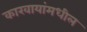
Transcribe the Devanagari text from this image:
कारवायांमधील